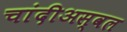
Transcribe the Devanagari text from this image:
चांदीअस्वल